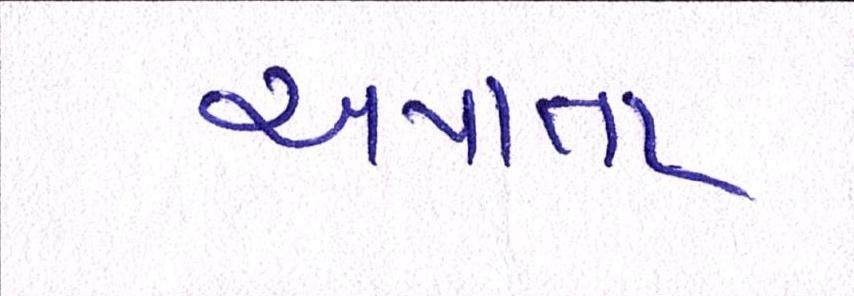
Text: અપાતા